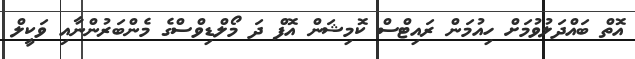
އޮތް ބައްދަލުވުމަށް ހިއުމަން ރައިޓްސް ކޮމިޝަން އޮފް ދަ މޯލްޑިވްސްގެ މެންބަރުންނާއި ވަކީލް